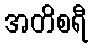
အတိစရီ